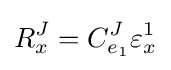
R_{x}^{J}=C_{e_{1}}^{J}\varepsilon _{x}^{1}